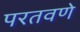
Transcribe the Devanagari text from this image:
परतवणे